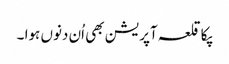
پکا قلعہ آپریشن بھی اُن دنوں ہوا ۔